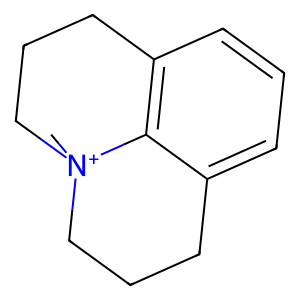
SMILES: C[N+]12CCCc3cccc(c31)CCC2
Inhibits HIV replication: No